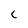
Character: c